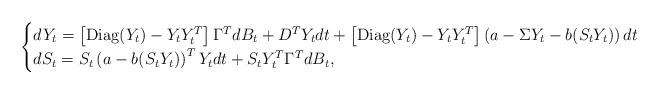
LaTeX: \begin{align*}\begin{cases}dY_t = \left[ \mathrm{Diag}(Y_t) - Y_t Y_t^T \right] \Gamma^T d B_t + D^T Y_t dt + \left[ \mathrm{Diag}(Y_t) - Y_t Y_t^T \right]\left( a - \Sigma Y_t - b(S_t Y_t)\right)dt\\dS_t = S_t \left( a - b(S_t Y_t)\right)^T Y_t dt + S_t Y_t^T \Gamma^T d B_t,\end{cases}\end{align*}